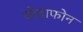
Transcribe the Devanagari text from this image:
वोदाफोन